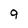
Character: 9